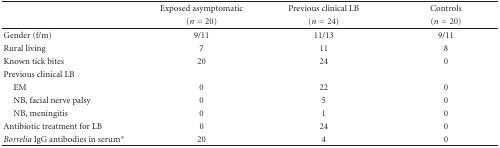
|  | Exposed asymptomatic | Previous clinical LB | Controls |
 |  | (n = 20) | (n = 24) | (n = 20) |
 | --- | --- | --- | --- |
 | Gender (f/m) | 9/11 | 11/13 | 9/11 |
 | Rural living | 7 | 11 | 8 |
 | Known tick bites | 20 | 24 | 0 |
 | Previous clinical LB |  |  |  |
 | EM | 0 | 22 | 0 |
 | NB, facial nerve palsy | 0 | 5 | 0 |
 | NB, meningitis | 0 | 1 | 0 |
 | Antibiotic treatment for LB | 0 | 24 | 0 |
 | Borrelia IgG antibodies in serum* | 20 | 4 | 0 |